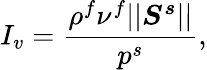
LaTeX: I_{v}=\frac{\rho^{f}\nu^{f}\vert\vert\boldsymbol{S^{s}}\vert\vert}{p^{s}},